Vaccination United Provinces of Agra and Oudh 1902-1913 - 1902-1913
Year: 1902
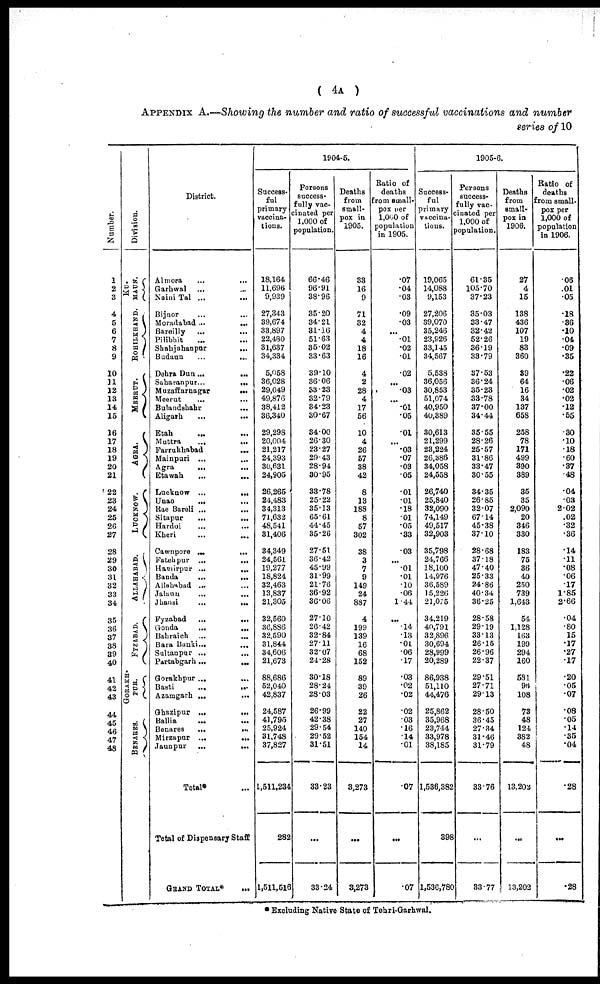
( 4A )
APPENDIX A.—Showing the number and ratio of successful vaccinations and number
series of 10
Number.
1
2
3
4
5
6
7
8
9
10
11
12
13
14
15
16
17
18
19
20
21
22
23
24
25
26
27
28
29
30
31
32
33
34
35
36
37
38
39
40
41
42
43
44
45
46
47
48
Division.
KU¬
MAUN.
ROHILKHAND.
MEERUT.
AGRA.
LUCKNOW.
ALLAHABAD.
FYZABAD.
GORAKH¬
PUR.
BENARES.
District.
Almora
...
...
Garhwal ... ...
Naini Tal ...
...
Bijnor ... ...
Moradabad ...
...
Bareilly ... ...
Pilibhit ... ...
Shahjahanpur ... ...
Budaun ... ...
Dehra Dun ...
...
Saharanpur ...
...
Muzaffarnagar
... ...
Meerut
...
...
Bulandshahr ... ...
Aligarh ... ...
Etah ... ...
Muttra
...
...
Farrukhabad
... ...
Mainpuri ... ...
Agra
...
...
Etawah ... ...
Lucknow ...
...
Unao
... ...
Rae Bareli ...
...
Sitapur
...
...
Hardoi ... ...
Kheri ... ...
Cawnpore
...
...
Fatehpur ...
...
Hamirpur ...
...
Banda
...
...
Allahabad ... ...
Jalaun
...
...
Jhansi
...
...
Fyzabad ...
...
Gonda
...
...
Bahraich ... ...
Bara Banki ... ...
Sultanpur ... ...
Partabgarh...
...
Gorakhpur ...
Basti
...
...
Azamgarh ...
...
Ghazipur ...
...
Ballia
...
...
Benares
...
...
Mirzapur ...
...
Jaunpur
...
...
Total* ...
Total of Dispensary Staff.
GRAND TOTAL*
...
1904-5.
Success-
ful
primary
vaccina-
tions.
18,164
11,696
9,939
27,343
39,674
33,897
22,480
31,637
34,334
5,058
36,028
29,049
49,876
38,412
36,340
29,298
20,004
21,217
24,393
30,631
24,905
26,265
24,483
34,313
71,632
48,541
31,406
34,349
24,561
19,277
18,824
32,463
13,837
21,305
32,560
36,886
32,590
31,844
34,606
21,673
88,686
52,040
42,837
24,587
41,795
25,924
31,748
37,827
1,511,234
282
1,511,516
Persons
success-
fully vac-
cinated per
1,000 of
population.
66.46
96.91
38.96
35.20
34.21
31.16
51.63
35.02
33.63
39.10
36.06
33.23
32.79
34.23
30.67
34.00
26.30
23.27
29.43
28.94
30.95
33.78
25.22
35.13
65.61
44.45
35.26
27.51
36.42
45.99
31.99
21.76
36.92
36.06
27.10
26.42
32.84
27.11
32.07
24.28
30.18
28.24
28.03
26.99
42.38
29.54
29.52
31.51
33.23
...
33.24
Deaths
from
small-
pox in
1905.
33
16
9
71
32
4
4
18
16
4
2
28
4
17
56
10
4
26
57
38
42
8
13
188
8
57
302
38
3
7
9
149
24
887
4
199
139
16
68
152
89
39
26
22
27
140
154
14
3,273
...
3,273
Ratio of
deaths
from small¬
pox per
1,000 of
population
in 1905.
.07
.04
.03
.09
.03
...
.01
.02
.01
.02
...
.03
...
.01
.05
.01
...
.03
.07
.03
.05
.01
.01
.18
.01
.05
.33
.03
...
.01
.01
.10
.06
1.44
...
.14
.13
.01
.06
.17
.03
.02
.02
.02
.03
.16
.14
.01
.07
...
.07
1905-6.
Success-
ful
primary
vaccina-
tions.
19,065
14,088
9,153
27,206
39,070
35,246
23,926
33,145
34,567
5,538
36,056
30,853
51,074
40,950
40,389
30,613
21,299
23,224
26,386
34,058
24,558
26,740
25,840
32,090
74,149
49,517
32,903
35,798
24,766
18,100
14,976
36,589
15,226
21,075
34,219
40,791
32,896
30,694
28,999
20,289
86,938
51,110
44,476
25,862
35,968
23,744
33,978
38,185
1,536,382
398
1,536,780
Persons
success-
fully vac-
cinated per
1,000 of
population.
61.35
105.70
37.23
35.03
33.47
32.42
52.26
36.19
33.79
37.53
36.24
35.23
33.78
37.00
34..44
35.55
28.26
25.57
31.86
33.47
30.55
34.35
26.85
32.07
67.14
45.38
37.10
28.68
37.18
47.40
25.33
24.86
40.34
36.25
28.58
29.19
33.13
26.15
26.96
22.37
29.51
27.71
29.13
28.50
36.45
27.34
31.46
31.79
33.76
...
33.77
Deaths
from
small-
pox in
1906.
27
4
15
138
436
107
19
83
360
39
64
16
34
137
658
258
78
171
499
390
389
35
35
2,090
20
346
330
183
75
36
40
250
739
1,643
54
1,128
163
199
294
160
581
96
108
73
48
124
382
48
13,202
...
13,202
Ratio of
deaths
from small-
pox per
1,000 of
population
in 1906.
.06
.01
.05
.18
.36
.10
.04
.09
.35
.22
.06
.02
.02
.12
.55
.30
.10
.18
.60
.37
.48
.04
.03
2.02
.02
.32
.36
.14
.11
.08
.06
.17
1.85
2.66
.04
.80
.15
.17
.27
.17
.20
.05
.07
.08
.05
.14
.35
.04
.28
...
.28
* Excluding Native State of Tehri-Garhwal.